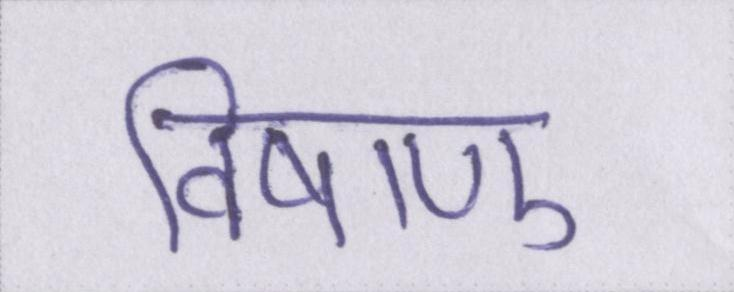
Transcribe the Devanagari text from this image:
विषाणु